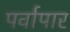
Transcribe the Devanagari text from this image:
पर्वापार